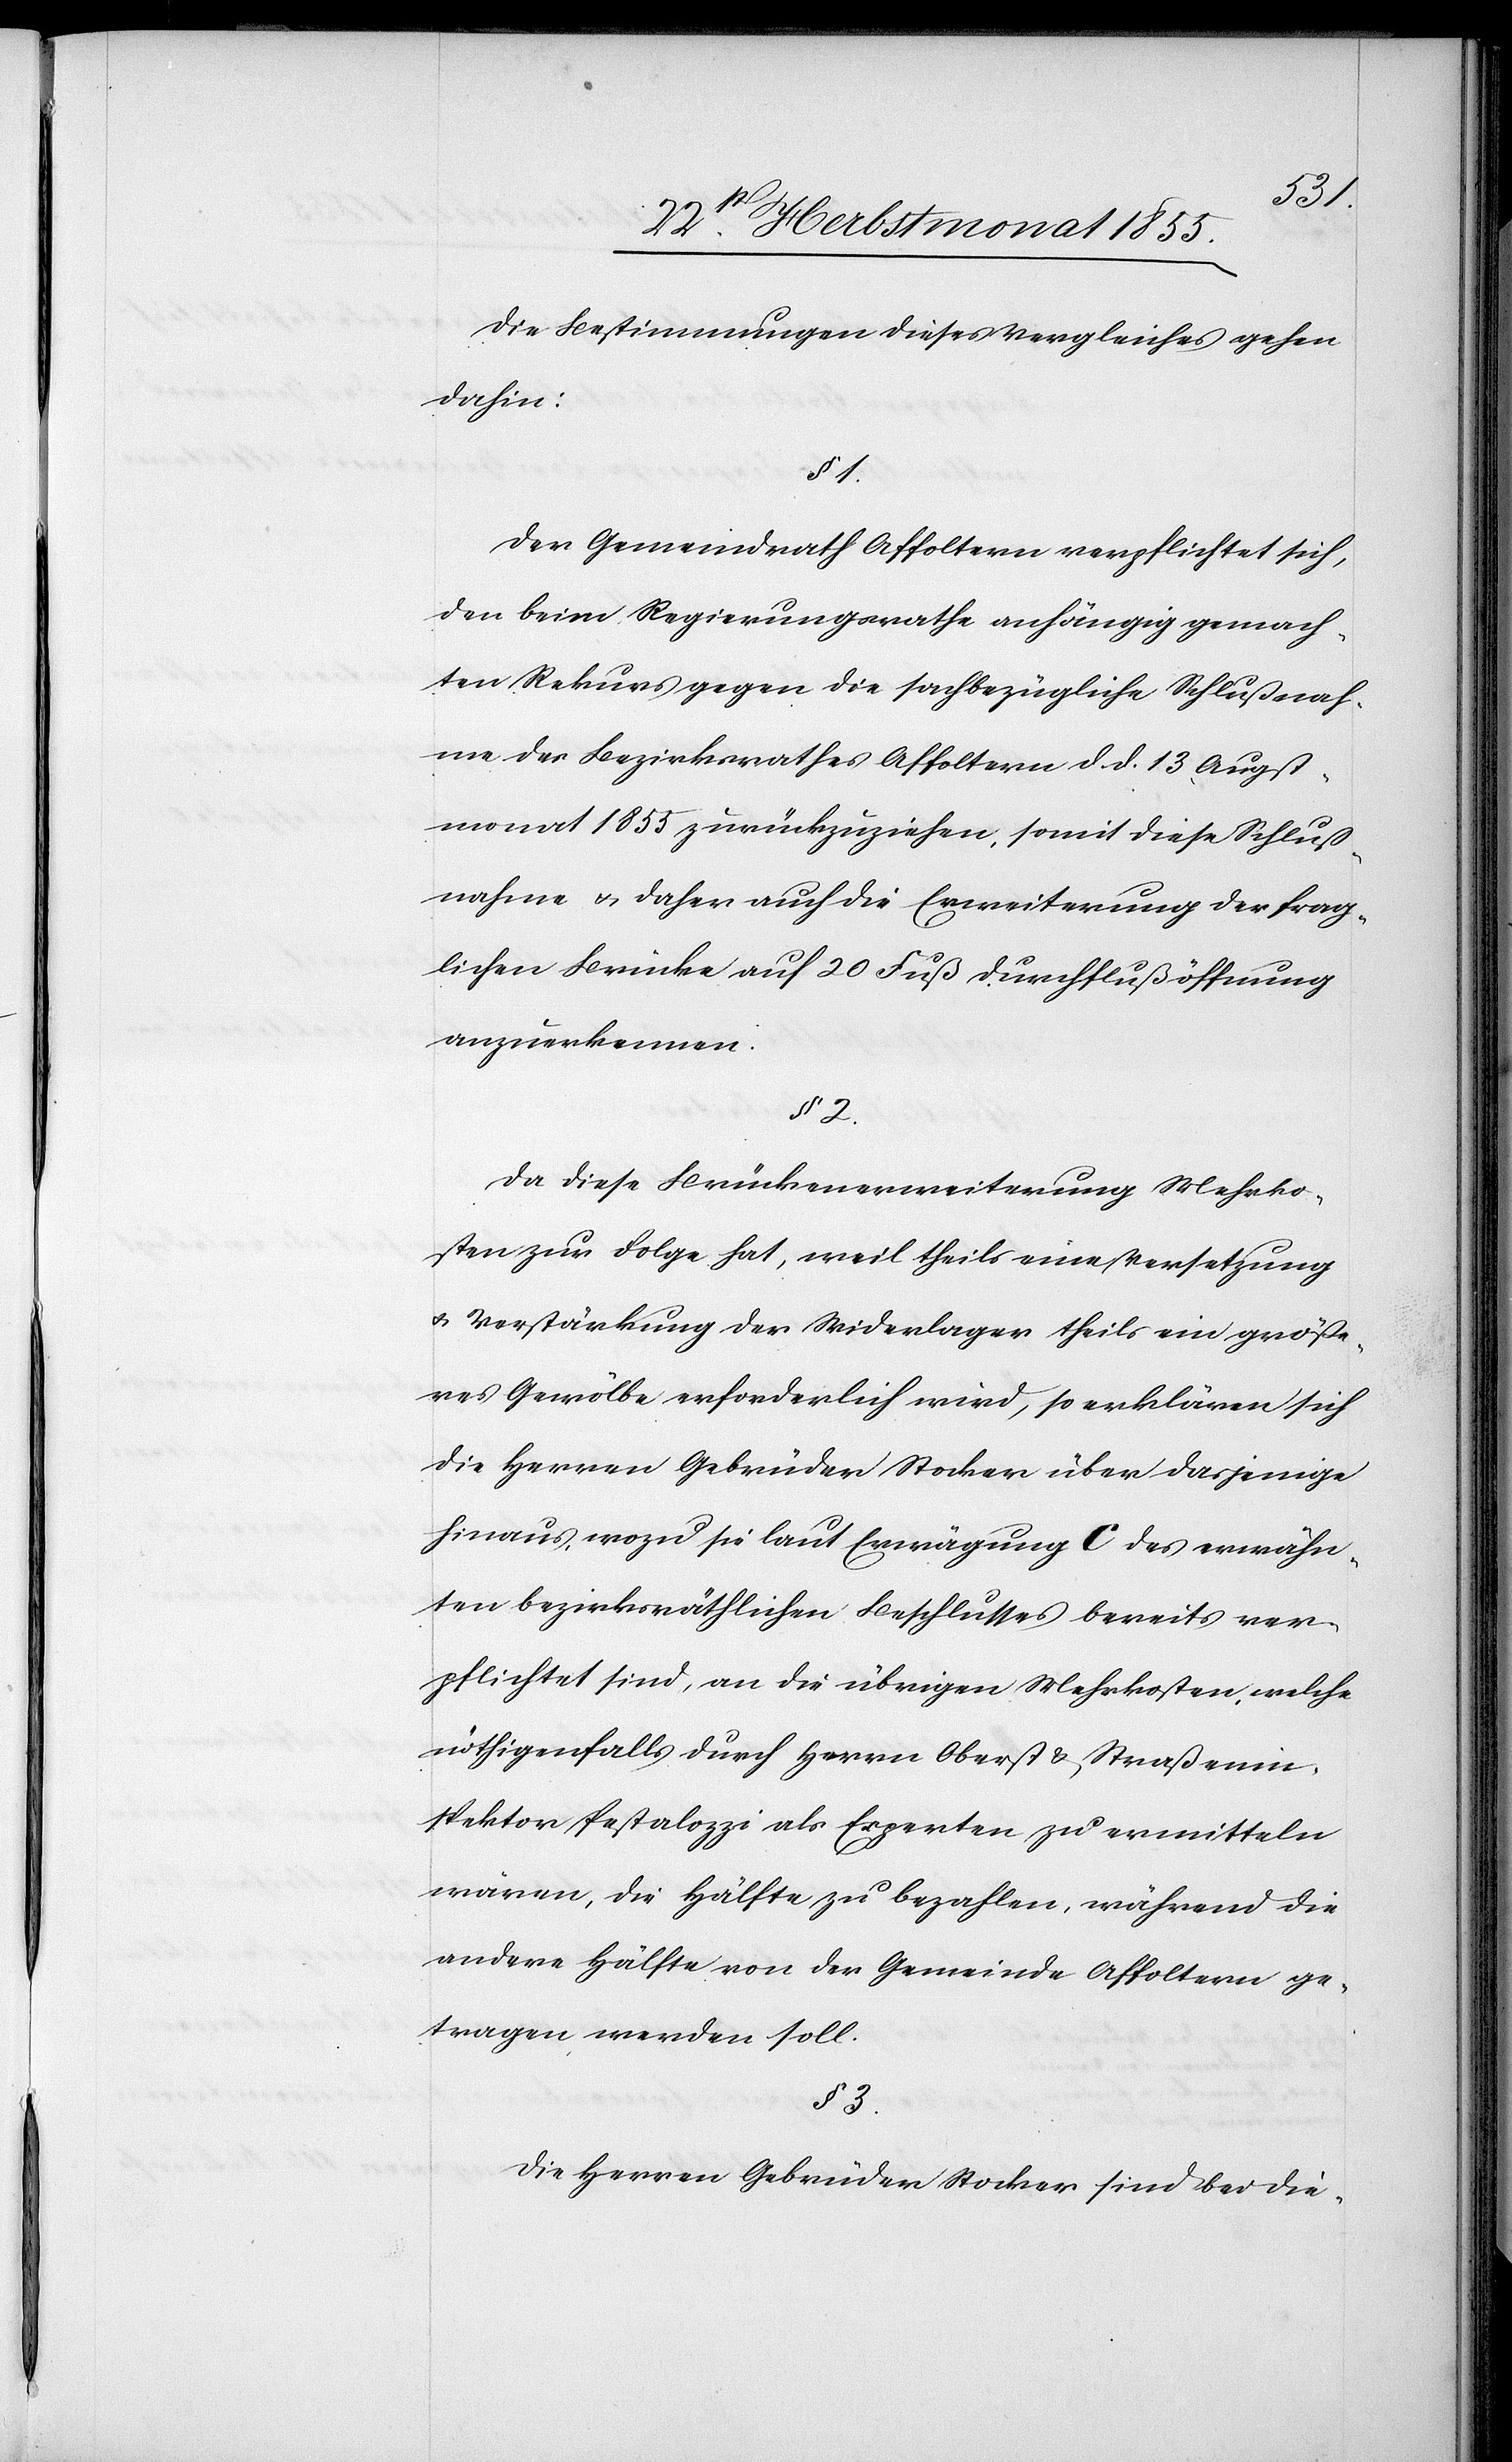
Die Bestimmungen dieses Vergleiches gehen
dahin:
§ 1.
Der Gemeindrath Affoltern verpflichtet sich,
den beim Regierungsrathe anhängig gemach¬
ten Rekurs gegen die sachbezügliche Schlußnah¬
me des Bezirksrathes Affoltern d. d. 13 Augst¬
monat 1855 zurückzuziehen, somit diese Schluß¬
nahme & daher auch die Erweiterung der frag¬
lichen Brücke auf 20 Fuß Durchflußöffnung
anzuerkennen.
§ 2.
Da diese Brückenerweiterung Mehrko¬
sten zur Folge hat, weil theils eine Versetzung
& Verstärkung der Widerlager theils ein größe¬
res Gewölbe erforderlich wird, so erklären sich
die Herren Gebrüder Stocker über dasjenige
hinaus, wozu sie laut Erwägung C des erwähn¬
ten bezirksräthlichen Beschlusses bereits ver¬
pflichtet sind, an die übrigen Mehrkosten, welche
nöthigenfalls durch Herrn Oberst & Straßenin¬
spektor Pestalozzi als Experten zu ermitteln
wären, die Hälfte zu bezahlen, während die
andere Hälfte von der Gemeinde Affoltern ge¬
tragen werden soll.
§ 3.
Die Herren Gebrüder Stocker sind bei die-